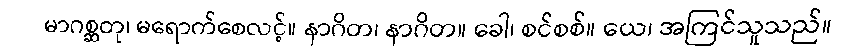
မာဂစ္ဆတု၊ မရောက်စေလင့်။ နာဂိတ၊ နာဂိတ။ ခေါ၊ စင်စစ်။ ယေ၊ အကြင်သူသည်။